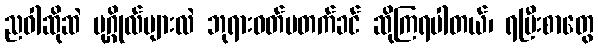
ညဝါဆိုဆဲ ပုဂ္ဂိုလ်များလဲ ဘုရားဝတ်မတက်ခင် ဆိုကြရပါတယ်၊ ရပြီးစာတွေ